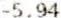
-5.94